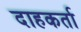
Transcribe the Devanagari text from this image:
दाहकर्ता